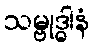
သမ္ဗုဒ္ဓါနံ